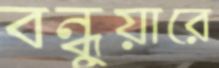
বন্ধুয়ারে